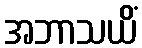
အဘာသယိံ